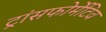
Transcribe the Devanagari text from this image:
ट्रांसफोर्मेटिव